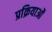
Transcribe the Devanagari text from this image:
प्रक्रियाओं